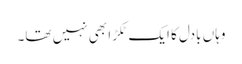
وہاں بادل کا ایک ٹکڑا بھی نہیں تھا۔